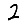
Digit: 2